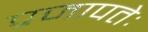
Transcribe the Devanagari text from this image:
प्रजापतेः